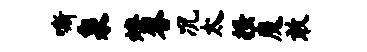
嘶泉燎答况太搔魔敢